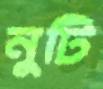
নুটি